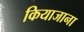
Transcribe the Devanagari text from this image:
कियाजाना